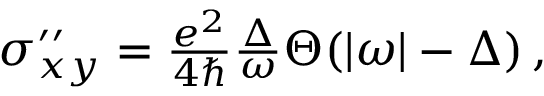
\begin{array} { r } { \sigma _ { x y } ^ { \prime \prime } = \frac { e ^ { 2 } } { 4 \hbar } \frac { \Delta } { \omega } \Theta ( | \omega | - \Delta ) \, , } \end{array}